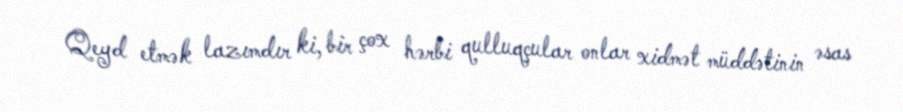
Qeyd etmək lazımdır ki, bir çox hərbi qulluqçular onlar xidmət müddətinin əsas